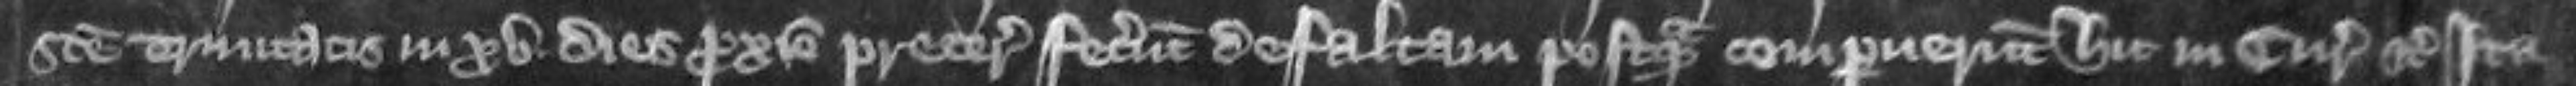
Sancte Trinitatis in xv dies proximo preterito fecerunt defaltam postquam comparuerunt hic in curia etc Ita